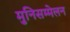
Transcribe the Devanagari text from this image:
मुनिसम्मेलन